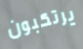
يرتكبون